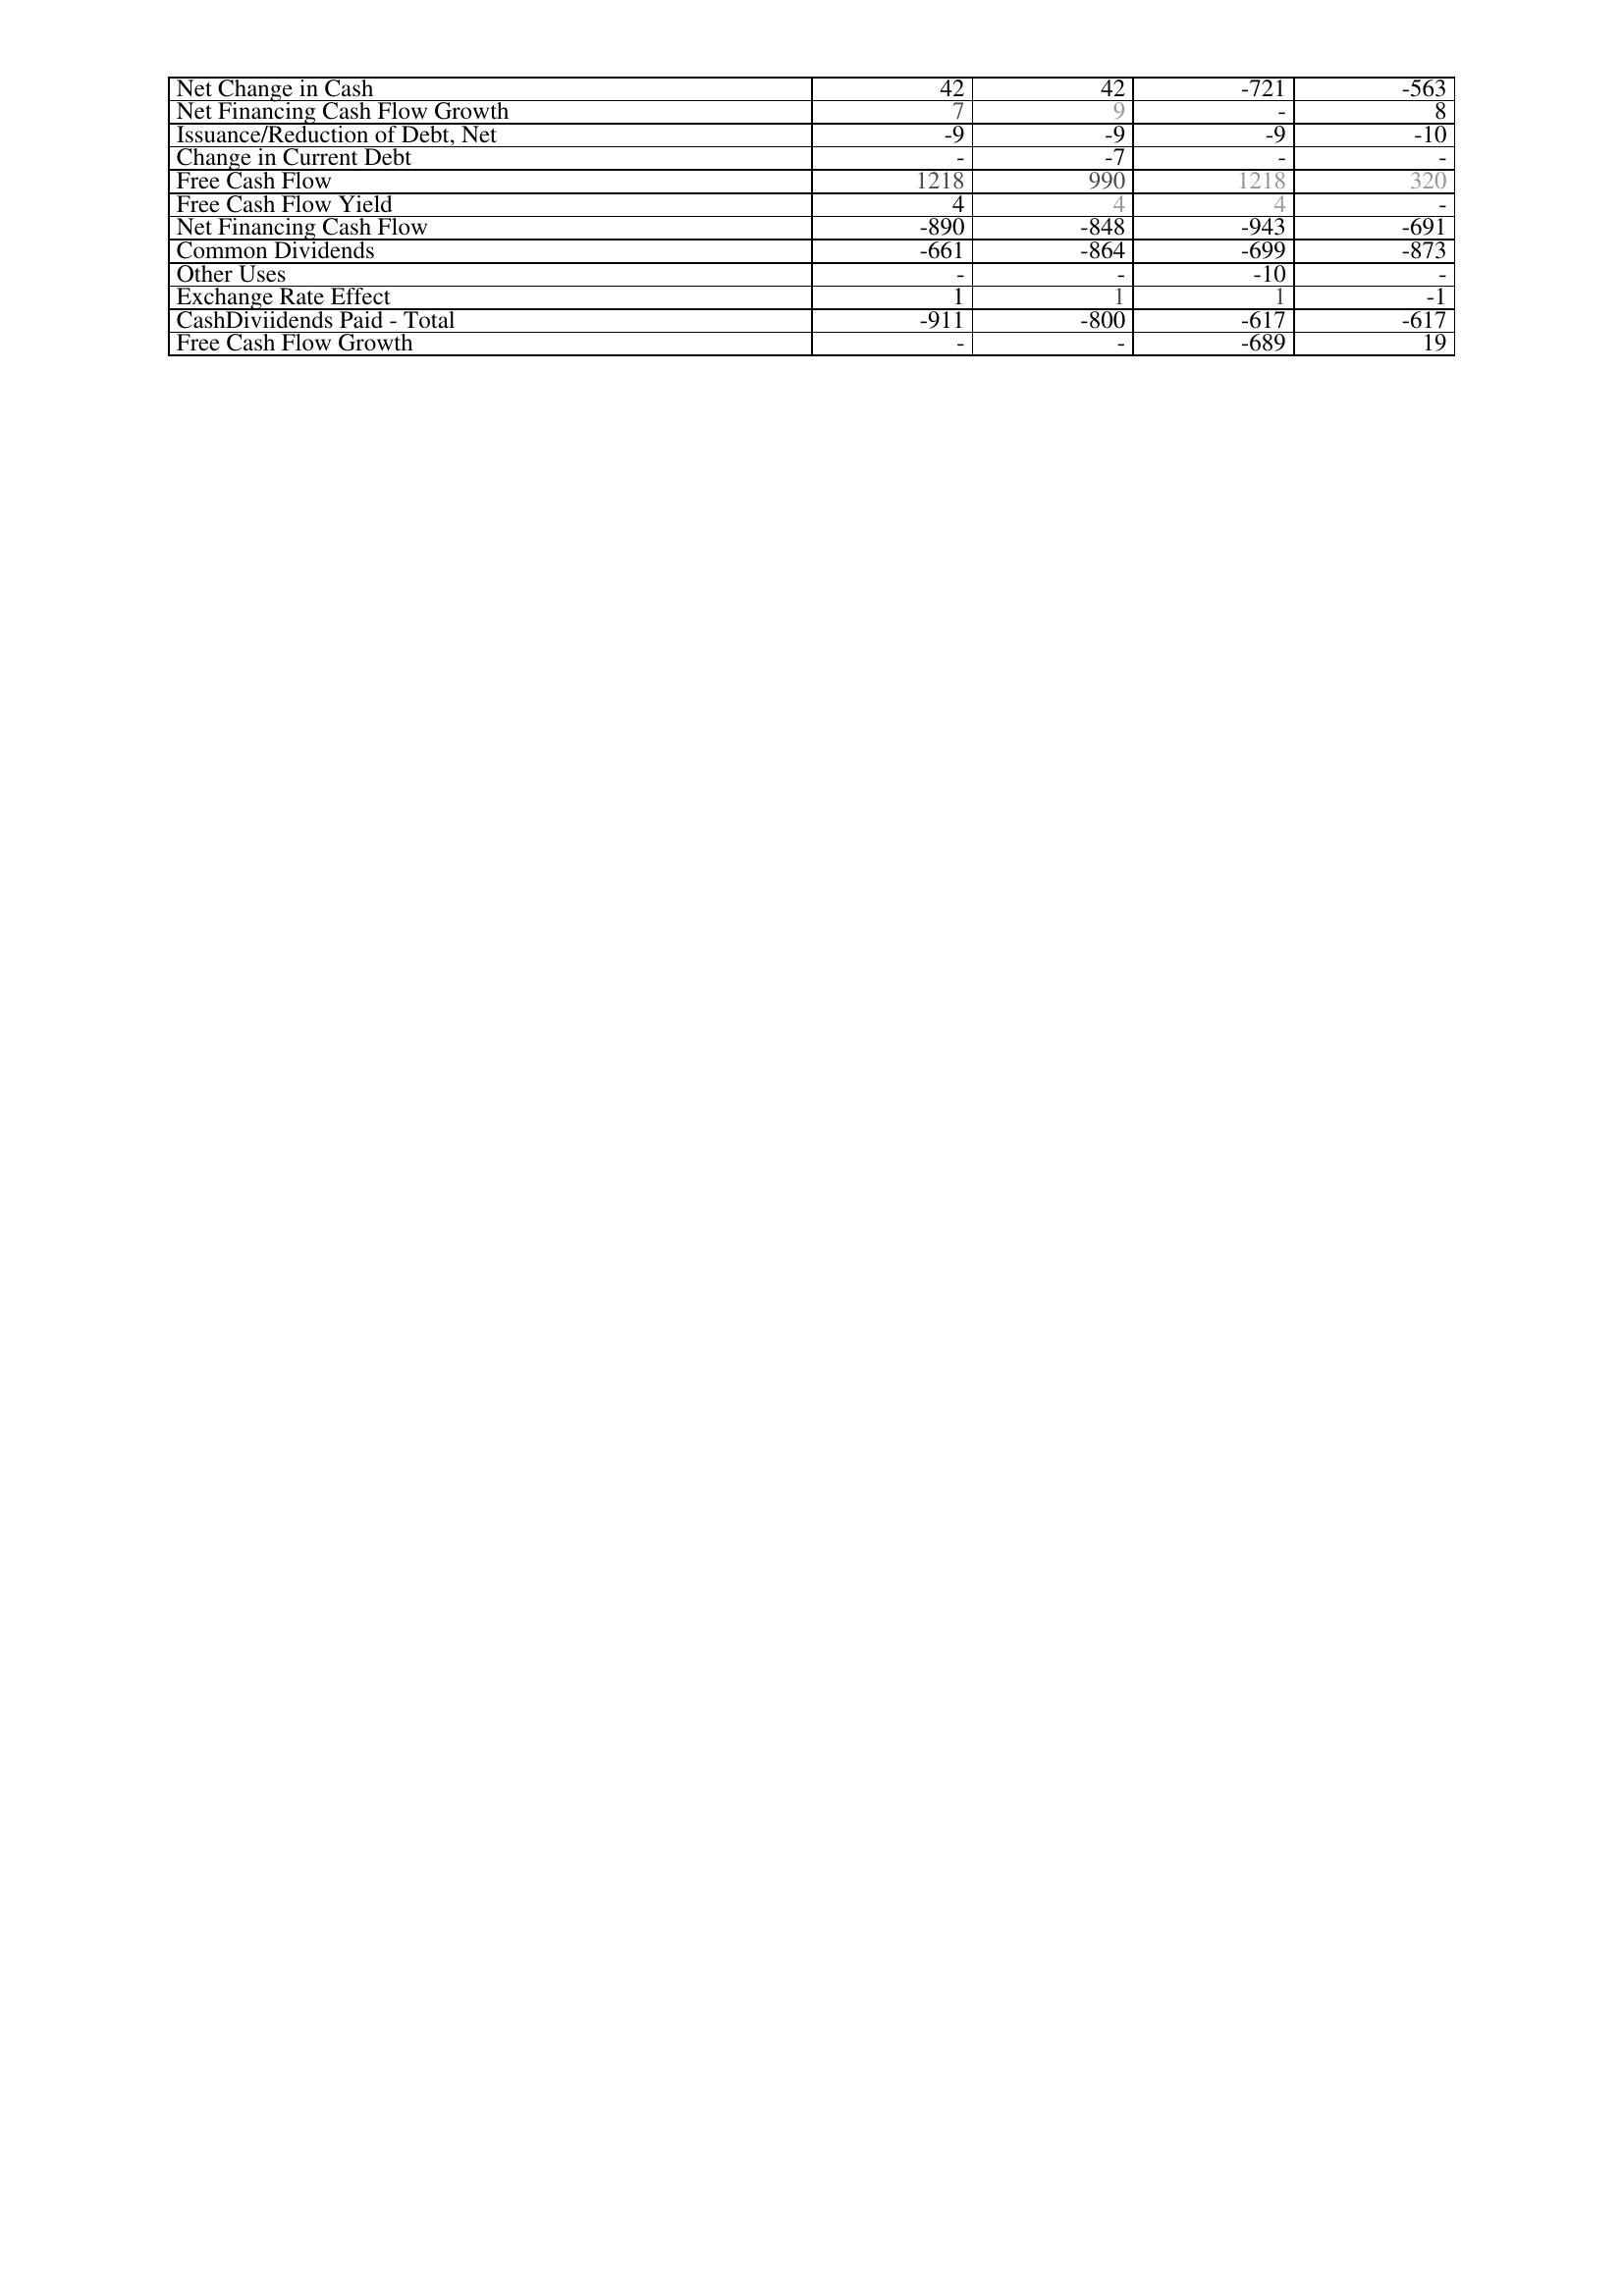
2015: Financing Activities: Net Change in Cash: 42
Net Financing Cash Flow Growth: 7
Issuance/Reduction of Debt, Net: -9
Change in Current Debt: -
Free Cash Flow: 1218
Free Cash Flow Yield: 4
Net Financing Cash Flow: -890
Common Dividends: -661
Other Uses: -
Exchange Rate Effect: 1
CashDiviidends Paid - Total: -911
Free Cash Flow Growth: -
2016: Financing Activities: Net Change in Cash: 42
Net Financing Cash Flow Growth: 9
Issuance/Reduction of Debt, Net: -9
Change in Current Debt: -7
Free Cash Flow: 990
Free Cash Flow Yield: 4
Net Financing Cash Flow: -848
Common Dividends: -864
Other Uses: -
Exchange Rate Effect: 1
CashDiviidends Paid - Total: -800
Free Cash Flow Growth: -
2017: Financing Activities: Net Change in Cash: -721
Net Financing Cash Flow Growth: -
Issuance/Reduction of Debt, Net: -9
Change in Current Debt: -
Free Cash Flow: 1218
Free Cash Flow Yield: 4
Net Financing Cash Flow: -943
Common Dividends: -699
Other Uses: -10
Exchange Rate Effect: 1
CashDiviidends Paid - Total: -617
Free Cash Flow Growth: -689
2018: Financing Activities: Net Change in Cash: -563
Net Financing Cash Flow Growth: 8
Issuance/Reduction of Debt, Net: -10
Change in Current Debt: -
Free Cash Flow: 320
Free Cash Flow Yield: -
Net Financing Cash Flow: -691
Common Dividends: -873
Other Uses: -
Exchange Rate Effect: -1
CashDiviidends Paid - Total: -617
Free Cash Flow Growth: 19